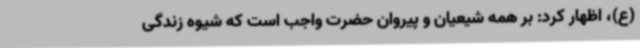
(ع)، اظهار کرد: بر همه شیعیان و پیروان حضرت واجب است که شیوه زندگی